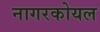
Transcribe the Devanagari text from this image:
नागरकोयल